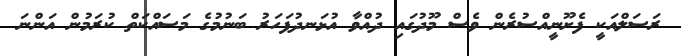
ރަސަލްއަކީ ފެށޫނީއްސުރެން ވެސް މޫދުގައި ދުއްވާ އުޅަނދުފަހަރު ބަނުމުގެ މަސައްކަތް ކުރަމުން އަންނަ